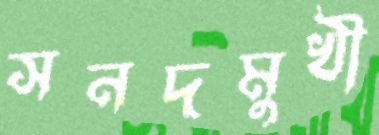
সনদমুখী